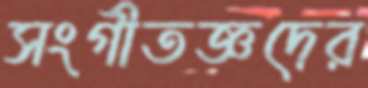
সংগীতজ্ঞদের